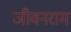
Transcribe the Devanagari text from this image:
जीवनराम